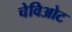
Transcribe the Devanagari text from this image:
चेविओट